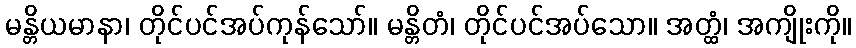
မန္တိယမာနာ၊ တိုင်ပင်အပ်ကုန်သော်။ မန္တိတံ၊ တိုင်ပင်အပ်သော။ အတ္ထံ၊ အကျိုးကို။